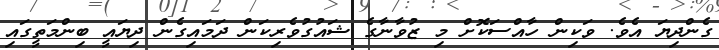
ގެންދިޔަ އެވެ. ވަކިން ހާއްސަކޮށް މި ޒުވާނާގެ ޝައުގުވެރިކަން ދަމައިގެން ދިޔައީ ބިންމަތީގައި